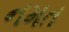
નમત